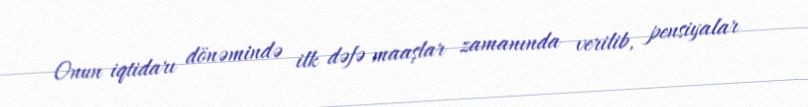
Onun iqtidarı dönəmində ilk dəfə maaşlar zamanında verilib, pensiyalar